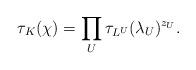
LaTeX: \begin{align*} \tau_K(\chi) = \prod_U \tau_{L^U}(\lambda_U)^{z_U}. \end{align*}